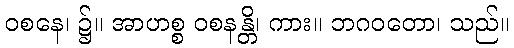
ဝစနေ၊ ၌။ အာဟစ္စ ဝစနန္တိ၊ ကား။ ဘဂဝတော၊ သည်။